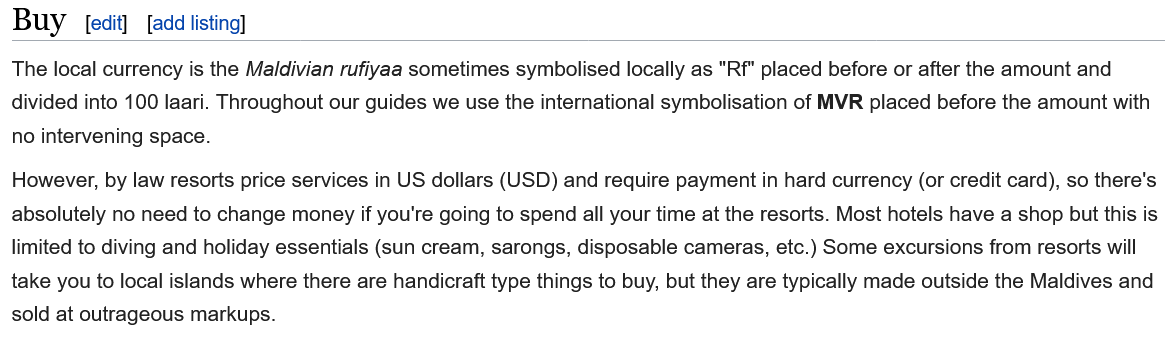
The local currency is the Maldivian rufiyaa sometimes symbolised locally as "Rf" placed before or after the amount and
  divided into 100 laari. Throughout our guides we use the international symbolisation of MVR placed before the amount with
  no intervening space.
  However, by law resorts price services in US dollars (USD) and require payment in hard currency (or credit card), so there's
  absolutely no need to change money if you're going to spend all your time at the resorts. Most hotels have a shop but this is
  limited to diving and holiday essentials (sun cream, sarongs, disposable cameras, etc.) Some excursions from resorts will
  take you to local islands where there are handicraft type things to buy, but they are typically made outside the Maldives and
  sold at outrageous markups.
  Buy    eait] [add listing]